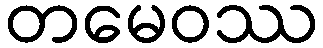
တမေဝဿ